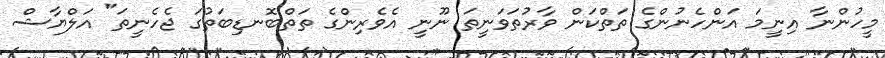
މީހުންނާ އިނީމަ އަންހެނުންގެ ތަތްކަން ވާރުތަވަނީތަ ނޫނީ އެވެރިންގެ ތަތްބޮނޑިބަތުގަ ޖެހެނީތަ" އަލްޔާޝް